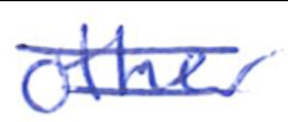
Text: other
Cross-out: double-line
Writing tool: ballpoint